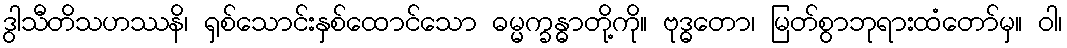
ဒွါသီတိသဟဿနိ၊ ရှစ်သောင်းနှစ်ထောင်သော ဓမ္မက္ခန္ဓာတို့ကို။ ဗုဒ္ဓတော၊ မြတ်စွာဘုရားထံတော်မှ။ ဝါ၊